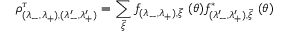
\rho _ { ( \lambda _ { - } , \lambda _ { + } ) , ( \lambda _ { - } ^ { \prime } , \lambda _ { + } ^ { \prime } ) } ^ { \tau } = \sum _ { \vec { \xi } } f _ { ( \lambda _ { - } , \lambda _ { + } ) , \vec { \xi } } \ ( \theta ) f _ { ( \lambda _ { - } ^ { \prime } , \lambda _ { + } ^ { \prime } ) , \vec { \xi } } ^ { * } \ ( \theta )